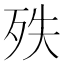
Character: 𣧞